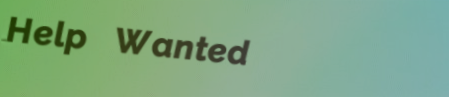
Help Wanted